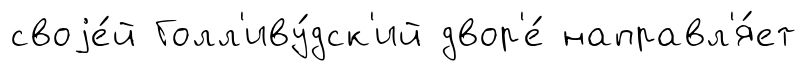
своjе́й Голл'иву́дск'ий двор'е́ направл'я́ет